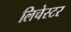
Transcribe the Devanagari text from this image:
लिचेस्टर